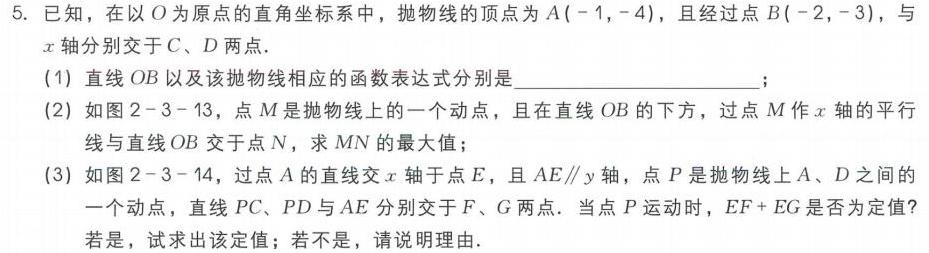
5. 已知，在以\(O\)为原点的直角坐标系中，抛物线的顶点为\(A(-1,-4)\)，且经过点\(B(-2,-3)\)，与\(x\)轴分别交于\(C\)、\(D\)两点.
(1) 直线\(OB\)以及该抛物线相应的函数表达式分别是____________________；
(2) 如图2 - 3 - 13，点\(M\)是抛物线上的一个动点，且在直线\(OB\)的下方，过点\(M\)作\(x\)轴的平行线与直线\(OB\)交于点\(N\)，求\(MN\)的最大值；
(3) 如图2 - 3 - 14，过点\(A\)的直线交\(x\)轴于点\(E\)，且\(AE\parallel y\)轴，点\(P\)是抛物线上\(A\)、\(D\)之间的一个动点，直线\(PC\)、\(PD\)与\(AE\)分别交于\(F\)、\(G\)两点. 当点\(P\)运动时，\(EF + EG\)是否为定值？若是，试求出该定值；若不是，请说明理由.